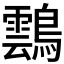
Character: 𪆚